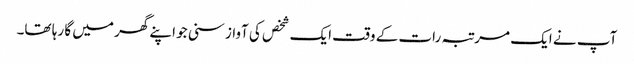
آپ نے ایک مرتبہ رات کے وقت ایک شخص کی آواز سنی جو اپنے گھر میں گا رہا تھا۔